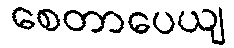
စေတာပေယျ